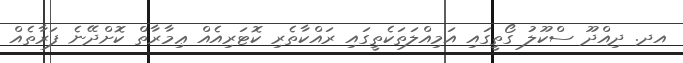
އދ. ދިއްދޫ ސްކޫލު ގޯތީގައި އަމިއްލަތަކެތީގައި ރައްކާތެރި ކޮޓަރިއެއް ޢިމާރާތް ކޮށްދޭނެ ފަރާތެއް